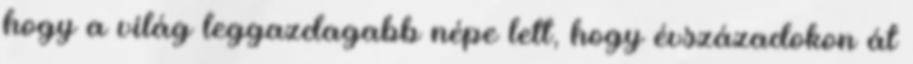
hogy a világ leggazdagabb népe lett, hogy évszázadokon át